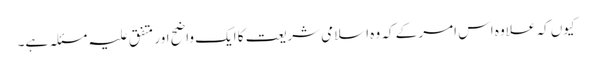
کیوں کہ علاوہ اس امر کے کہ وہ اسلامی شریعت کا ایک واضح اور متفق علیہ مسئلہ ہے۔